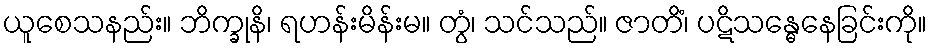
ယူစေသနည်း။ ဘိက္ခုနိ၊ ရဟန်းမိန်းမ။ တွံ၊ သင်သည်။ ဇာတိံ၊ ပဋိသန္ဓေနေခြင်းကို။